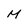
Character: M